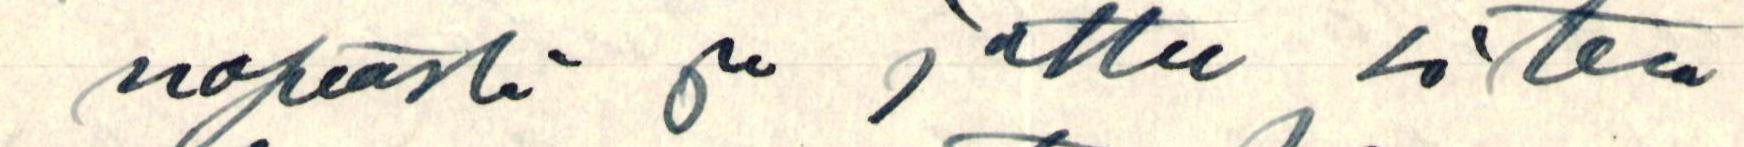
nopeasti ja juttu siten